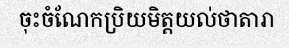
ចុះចំណែកប្រិយមិត្តយល់ថាតារា